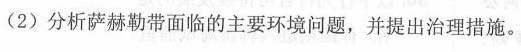
(2)分析萨赫勒带面临的主要环境问题，并提出治理措施。